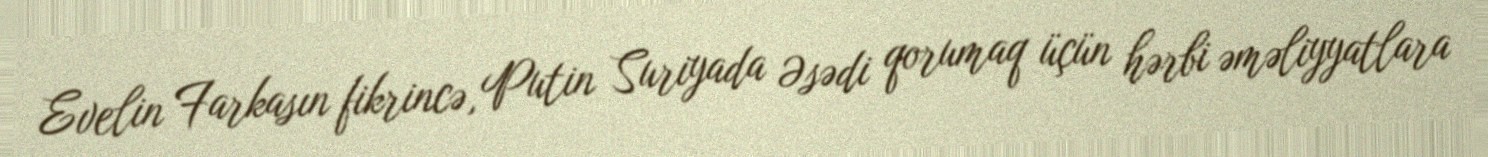
Evelin Farkasın fikrincə, Putin Suriyada Əsədi qorumaq üçün hərbi əməliyyatlara